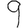
Digit: 9